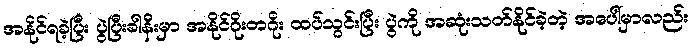
အနိုင်ရခဲ့ပြီး ပွဲပြီးခါနီးမှာ အနိုင်ဂိုးတဂိုး ထပ်သွင်းပြီး ပွဲကို အဆုံးသတ်နိုင်ခဲ့တဲ့ အပေါ်မှာလည်း